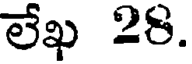
లేఖ 28.